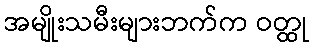
အမျိုးသမီးများဘက်က ဝတ္ထု